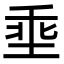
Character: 埀